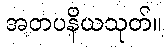
အတပနိယသုတ်။